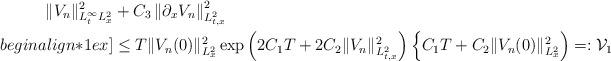
LaTeX: \begin{align*} \|V_{n}\|^{2}_{L^{\infty}_{t}L^{2}_{x}} &+ C_{3} \left\|\partial_{x}V_{n}\right\|^{2}_{L^{2}_{t,x}} \\begin{align*}1ex] &\le T\|V_{n}(0)\|_{L^{2}_{x}}^{2} \exp \left( 2C_{1}T + 2C_{2}\|V_{n}\|^{2}_{L^{2}_{t,x}} \right) \left\{C_{1}T +C_{2}\|V_{n}(0)\|_{L^{2}_{x}}^{2} \right) =: \mathcal{V}_{1} \end{align*}